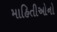
માહિતીઓનો